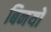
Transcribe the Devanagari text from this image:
बिनयों